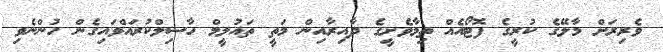
ވެރިރަށް މާލޭގެ ކުރީގެ ފޮޓޯއެއް ތިމާވެށީގެ ދާއިރާއިން މަތީ ތައުލީމް ހާސިލްކުރައްވައިގެން ހުންނެވި